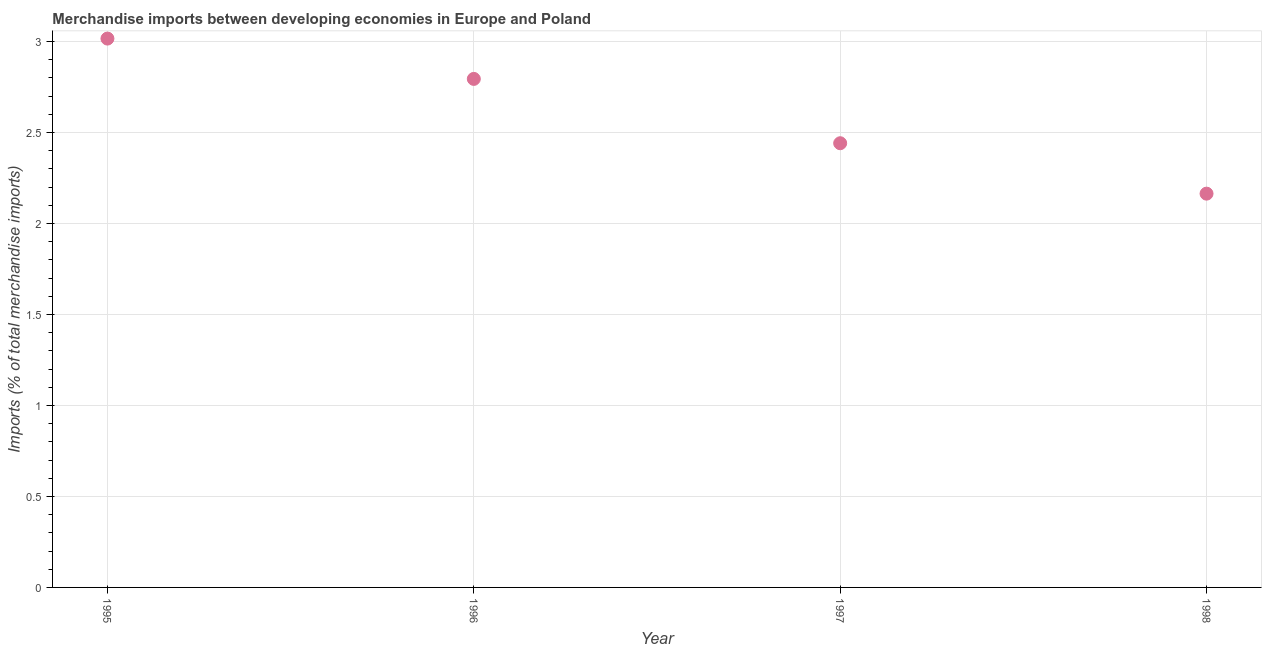
| Year | Merchandise imports |
 | --- | --- |
 | 1995 | 3.02 |
 | 1996 | 2.79 |
 | 1997 | 2.44 |
 | 1998 | 2.16 |